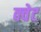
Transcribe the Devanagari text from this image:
क्वेट